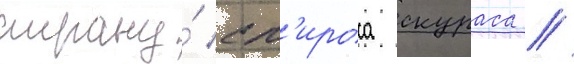
страну́ сп'ироса скураса //